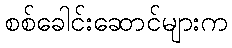
စစ်ခေါင်းဆောင်များက